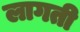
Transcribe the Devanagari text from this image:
लागती